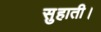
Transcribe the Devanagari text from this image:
सुहाती।